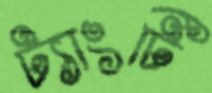
ট্যাংটি